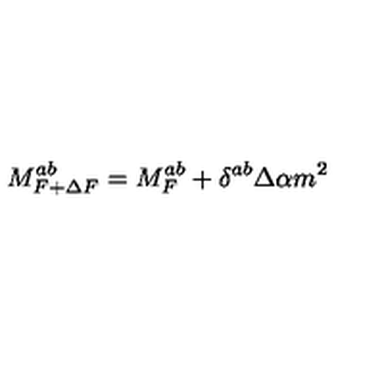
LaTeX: M _ { F + \Delta F } ^ { a b } = M _ { F } ^ { a b } + \delta ^ { a b } \Delta \alpha m ^ { 2 }